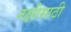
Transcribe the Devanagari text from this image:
नक्षीसाठी